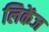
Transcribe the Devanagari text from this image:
लिकेंज